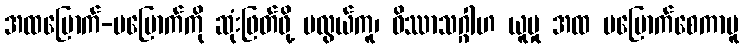
အထမြောက်-မမြောက်ကို ဆုံးဖြတ်ဖို့ မလွယ်ကူ၊ ဝိဿာသဂ္ဂါဟ ယူမှု အထ မမြောက်စေကာမူ